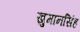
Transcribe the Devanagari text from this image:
खुमानसिंह